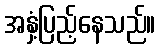
အနှံ့ပြည့်နေသည်။